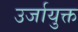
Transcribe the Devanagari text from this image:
उर्जायुक्त